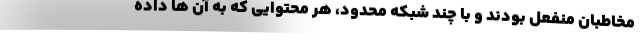
مخاطبان منفعل بودند و با چند شبکه محدود، هر محتوایی که به آن ها داده